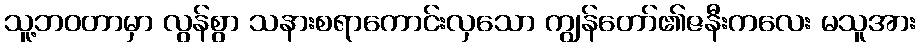
သူ့ဘဝတာမှာ လွန်စွာ သနားစရာကောင်းလှသော ကျွန်တော်၏ဇနီးကလေး မသူအား